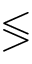
\lessgtr